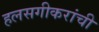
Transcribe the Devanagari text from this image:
हलसगीकरांची